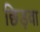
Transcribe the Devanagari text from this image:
छिड़वा